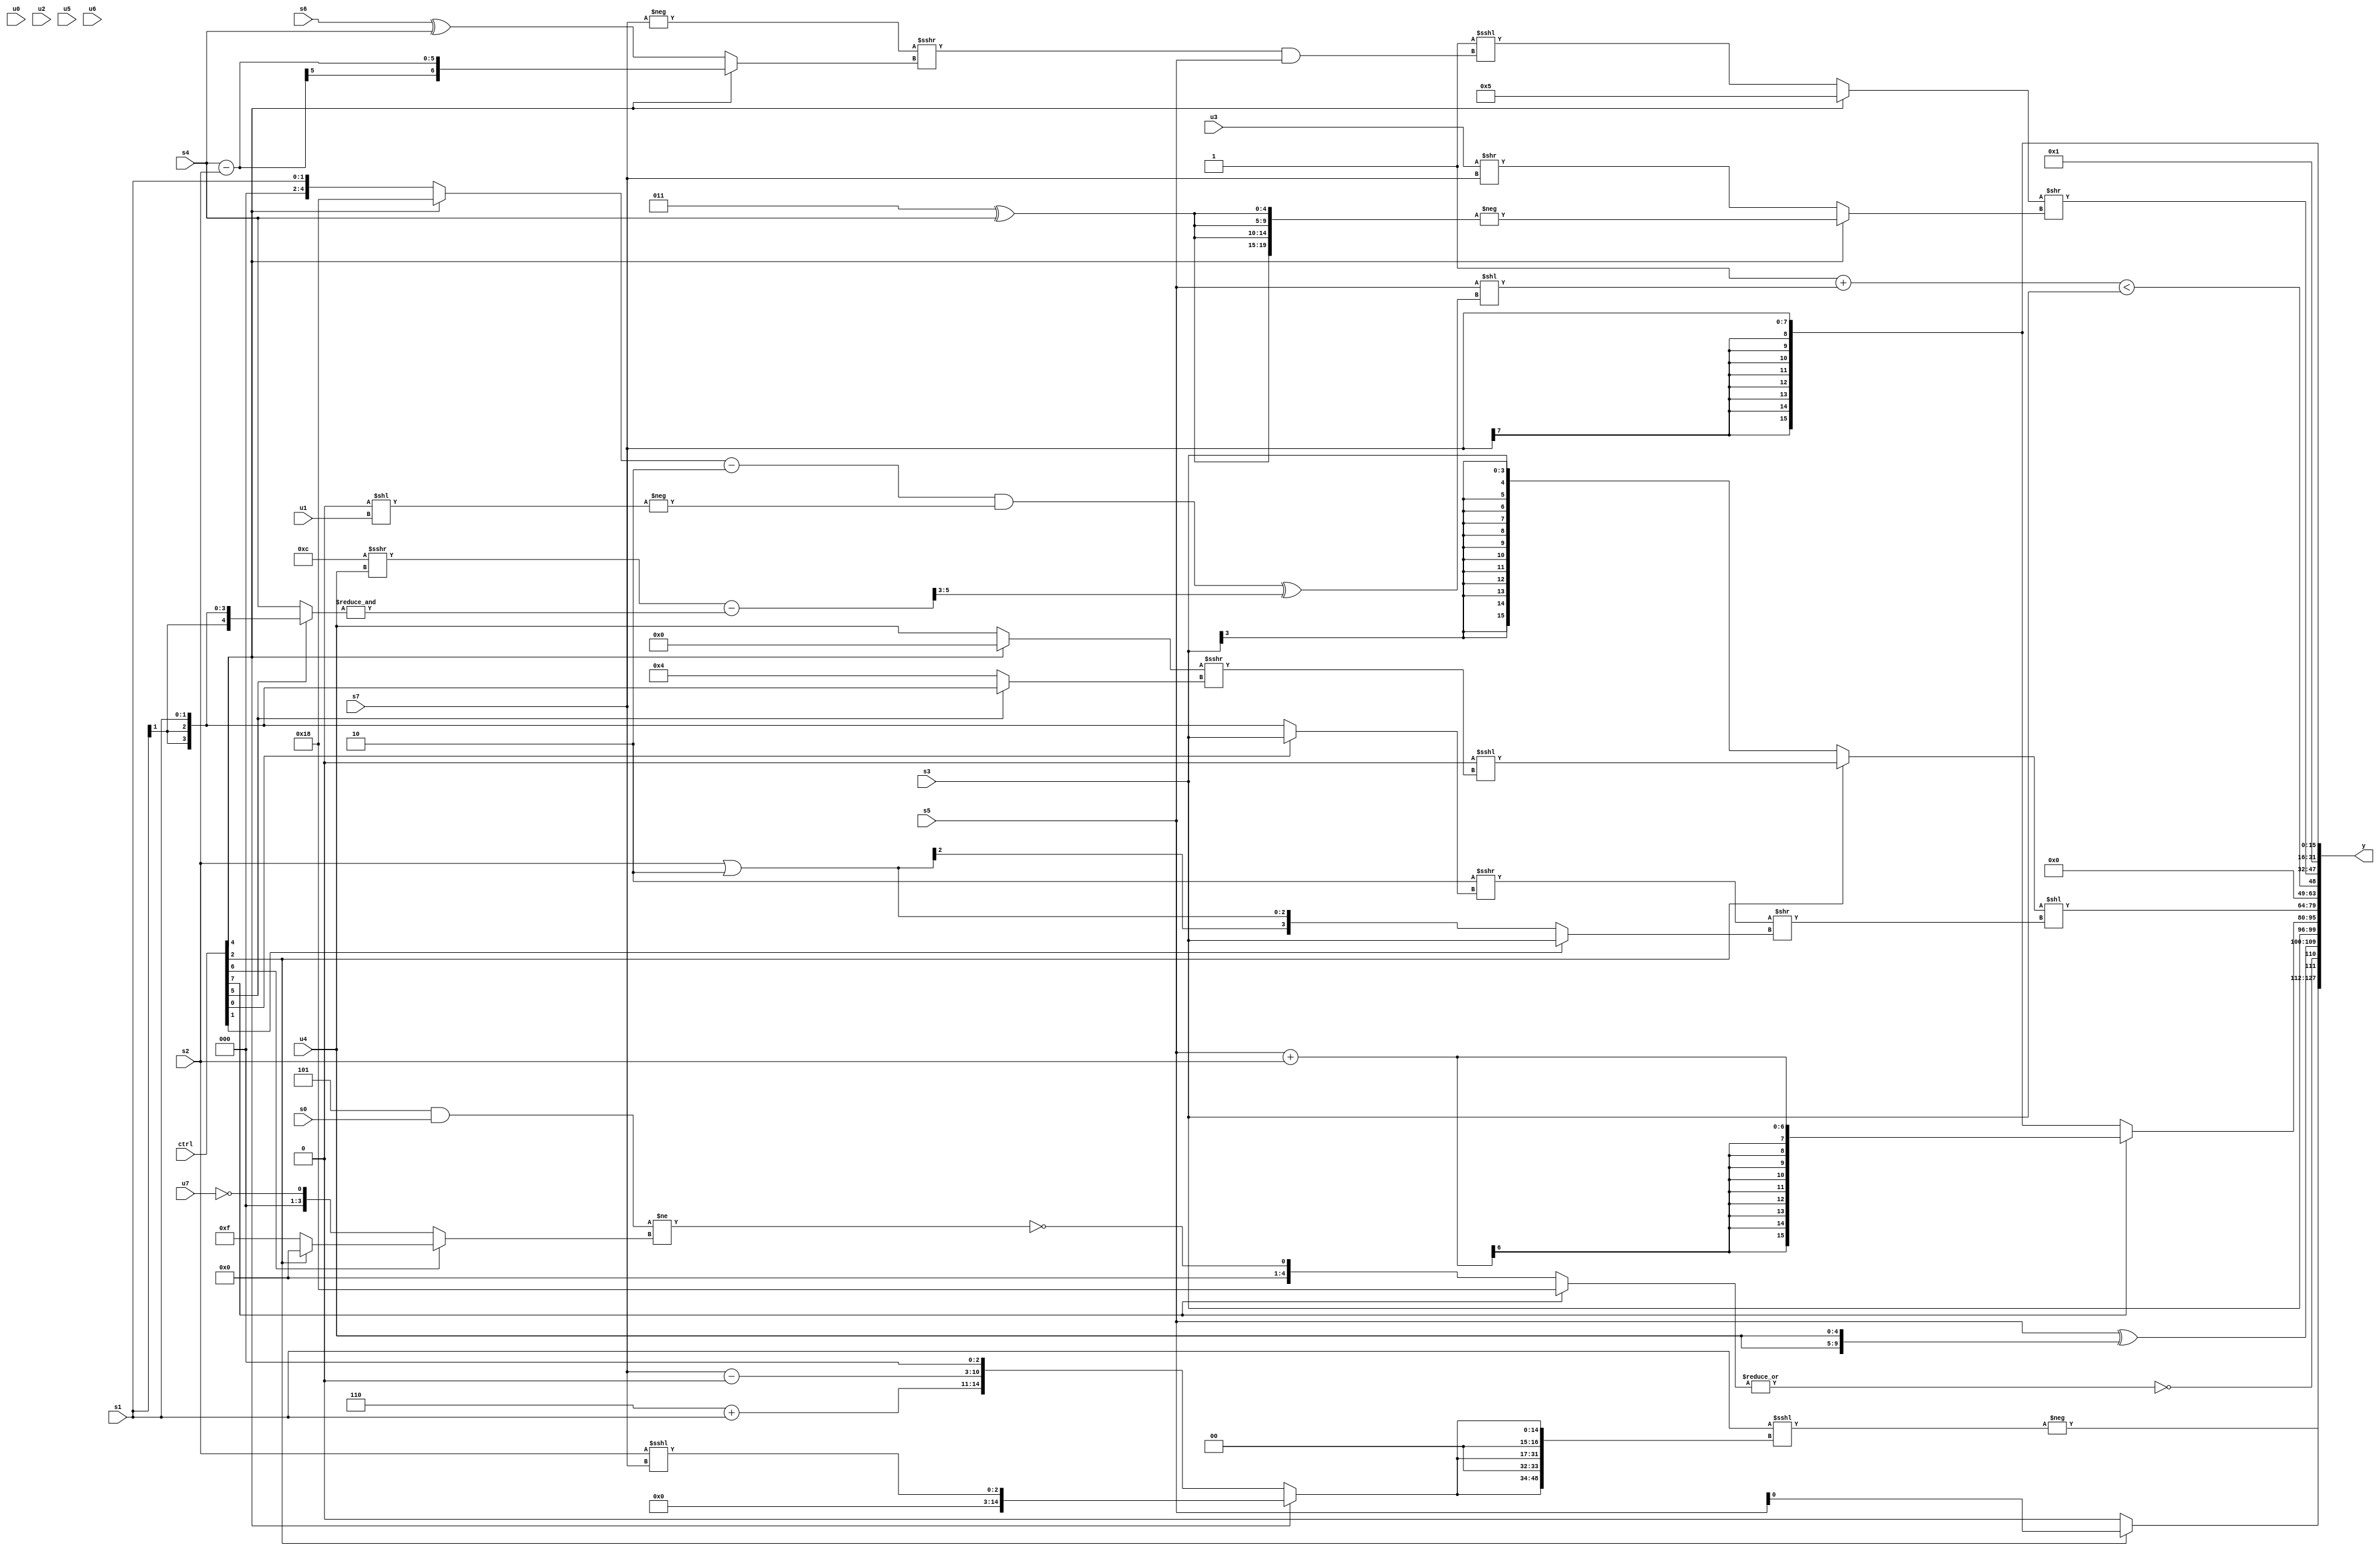
module wideexpr_00929(ctrl, u0, u1, u2, u3, u4, u5, u6, u7, s0, s1, s2, s3, s4, s5, s6, s7, y);
  input [7:0] ctrl;
  input [0:0] u0;
  input [1:0] u1;
  input [2:0] u2;
  input [3:0] u3;
  input [4:0] u4;
  input [5:0] u5;
  input [6:0] u6;
  input [7:0] u7;
  input signed [0:0] s0;
  input signed [1:0] s1;
  input signed [2:0] s2;
  input signed [3:0] s3;
  input signed [4:0] s4;
  input signed [5:0] s5;
  input signed [6:0] s6;
  input signed [7:0] s7;
  output [127:0] y;
  wire [15:0] y0;
  wire [15:0] y1;
  wire [15:0] y2;
  wire [15:0] y3;
  wire [15:0] y4;
  wire [15:0] y5;
  wire [15:0] y6;
  wire [15:0] y7;
  assign y = {y0,y1,y2,y3,y4,y5,y6,y7};
  assign y0 = -({(s1)<<<({3{$signed((ctrl[4]?$signed((s2)<<<(s7)):{(2'sb11)>>(6'sb001001),(4'b0110)+(s1),(s7)-(1'sb0),(3'b110)<<<(5'sb01001)}))}})});
  assign y1 = $signed({(ctrl[2]?$signed(s5):5'sb11110),~|((ctrl[7]?5'b11000:!(((5'b00101)&(s0))!=((ctrl[6]?(ctrl[2]?3'sb000:6'b001111):!(u7)))))),($signed(s5))^($signed({2{u4}})),s3});
  assign y2 = (ctrl[7]?(s5)+(s2):s7);
  assign y3 = ((ctrl[2]?((5'sb00011)>>($signed(6'sb110010)))<<<(((ctrl[4]?3'sb000:u4))>>>((ctrl[5]?s1:4'sb0100))):s3))<<(({1{($signed(2'sb10))>>>((ctrl[0]?s3:s1))}})>>((ctrl[1]?s3:+((s2)|(2'sb10)))));
  assign y4 = ((2'sb11)+((s5)<<((((((ctrl[4]?-(6'b101000):s1))-(3'sb010))>>>(4'sb0000))&(-(($signed(2'b00))<<(+(u1)))))^((+((($unsigned(4'sb1100))>>>($signed(u4)))-(&((ctrl[5]?s1:s4)))))>>(2'sb11)))))<(s3);
  assign y5 = ((ctrl[4]?-($signed(5'sb11011)):(2'sb11)<<<(((-(s7))>>>($signed((ctrl[4]?(s4)-(s2):(s6)^(s4)))))&(+(s5)))))>>((ctrl[4]?$signed(-($unsigned({2{{2{(3'sb011)^(s4)}}}}))):(+($signed({1{u3}})))>>(s7)));
  assign y6 = 2'b01;
  assign y7 = s7;
endmodule